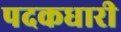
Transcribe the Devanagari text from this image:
पदकधारी